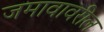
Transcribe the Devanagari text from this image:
जमावावरील